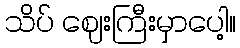
သိပ် ဈေးကြီးမှာပေါ့။